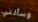
وسألني